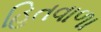
હિતવાળા